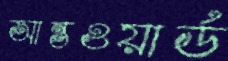
আন্তওয়ার্ড